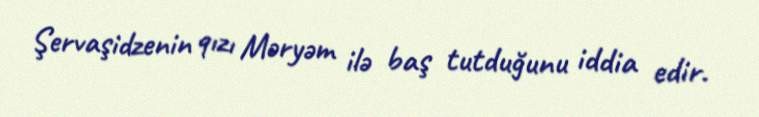
Şervaşidzenin qızı Məryəm ilə baş tutduğunu iddia edir.